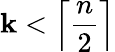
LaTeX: \mathbf{k}<\left\lceil{\frac{{n}}{{2}}}\right\rceil